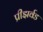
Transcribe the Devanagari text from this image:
प्रीझर्वड